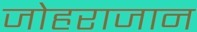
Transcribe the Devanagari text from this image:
जोहराजान